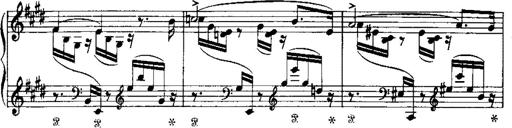
Title: LiebestrÃ¤ume
Composer: Franz Behr
Key: E-flat major